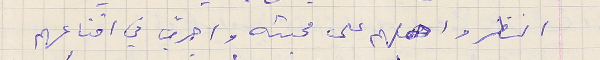
النظر واحملهم على محبته واجرّب في اقناعهم